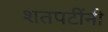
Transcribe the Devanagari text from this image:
शतपटींनी